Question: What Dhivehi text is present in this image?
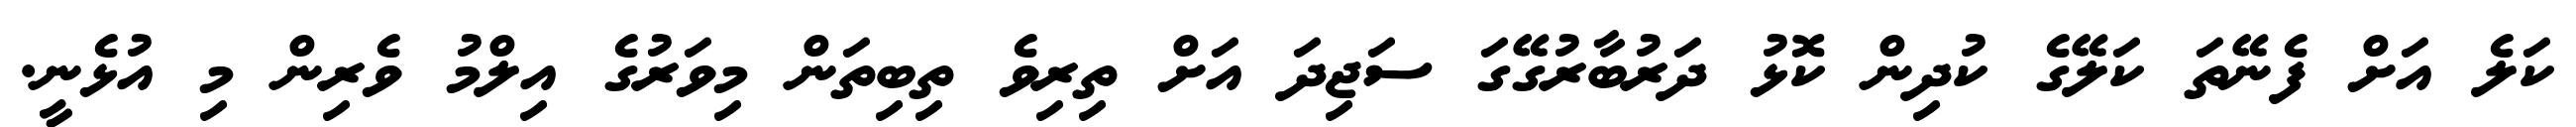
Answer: ކަލެ އަށް ފެނޭތަ ކަލޭގެ ކުދިން ކޮޅު ދަރުބާރުގޭގަ ސަޖިދަ އަށް ތިރިވެ ތިބިތަން މިވަރުގެ އިލްމު ވެރިން މި އުޅެނީ.